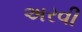
અરવી